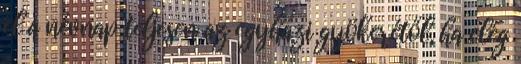
el a névnap teljesen az egyházi gyökerétől, ha elég